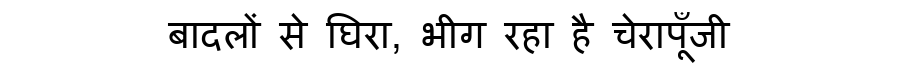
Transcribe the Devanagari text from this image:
बादलों से घिरा, भीग रहा है चेरापूँजी